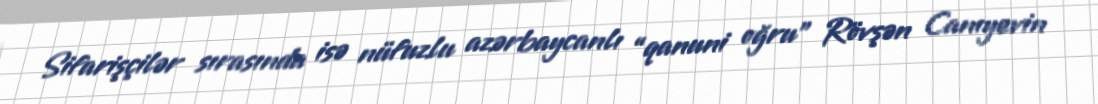
Sifarişçilər sırasında isə nüfuzlu azərbaycanlı “qanuni oğru” Rövşən Canıyevin